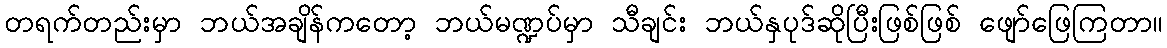
တရက်တည်းမှာ ဘယ်အချိန်ကတော့ ဘယ်မဏ္ဍပ်မှာ သီချင်း ဘယ်နှပုဒ်ဆိုပြီးဖြစ်ဖြစ် ဖျော်ဖြေကြတာ။